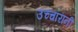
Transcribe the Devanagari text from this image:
उच्चारांनी